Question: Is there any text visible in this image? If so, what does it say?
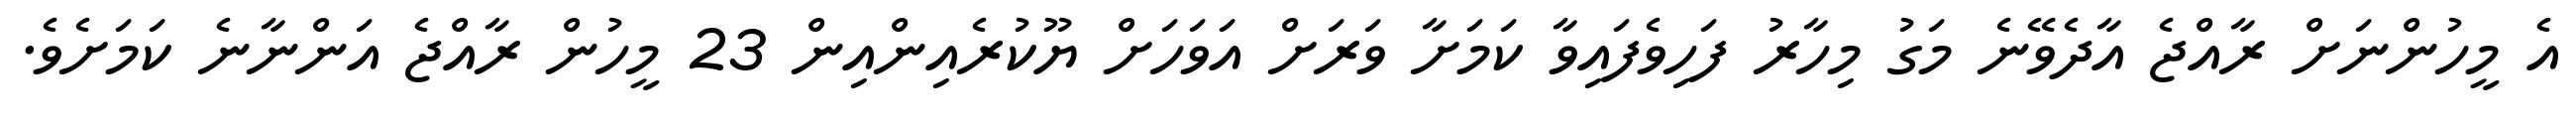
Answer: އެ މީހުންނަށް ރާއްޖެ އާދެވޭނެ މަގު މިހާރު ފަހިވެފައިވާ ކަމަށާ ވަރަށް އަވަހަށް ޔޫކުރެއިންއިން 23 މީހުން ރާއްޖެ އަންނާނެ ކަމަށެވެ.